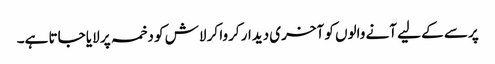
پرسے کے لیے آنے والوں کو آخری دیدار کروا کر لاش کو دخمہ پر لایا جاتا ہے۔